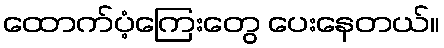
ထောက်ပံ့ကြေးတွေ ပေးနေတယ်။